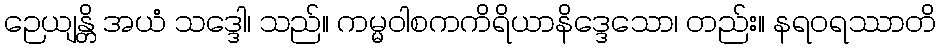
ဉေယျန္တိ အယံ သဒ္ဒေါ၊ သည်။ ကမ္မဝါစကကိရိယာနိဒ္ဒေသော၊ တည်း။ နရဝရဿာတိ